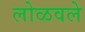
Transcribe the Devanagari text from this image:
लोळवले